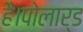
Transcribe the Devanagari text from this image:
हैं।पोलार्ड